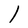
Character: 1